Document type: Sale
Year: 1354
Scribe: Bernat de Torre
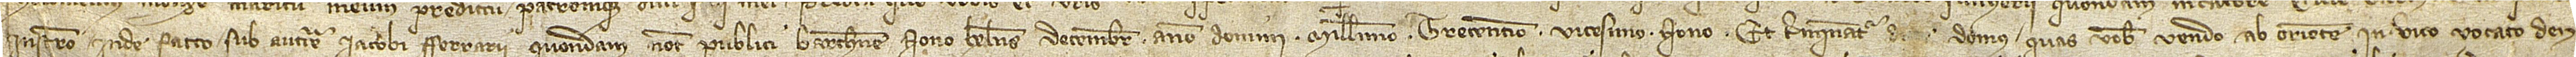
instrumento inde facto sub auctoritate Iacobi Ferrarii, quondam, notarii publici Barchinone, nono kalendas decembris, anno Domini millesimo trecentesimo vicesimo nono. Et terminantur d[icte] domus quas vobis vendo ab oriente in vico vocato d’en